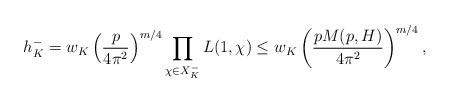
LaTeX: \begin{align*}h_K^-=w_K\left (\frac{p}{4\pi^2}\right )^{m/4}\prod_{\chi\in X_K^-} L(1,\chi)\leq w_K\left ({pM(p,H)\over 4\pi^2}\right )^{m/4},\end{align*}